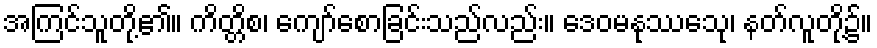
အကြင်သူတို့၏။ ကိတ္တိစ၊ ကျော်စောခြင်းသည်လည်း။ ဒေဝမနုဿေသု၊ နတ်လူတို့၌။